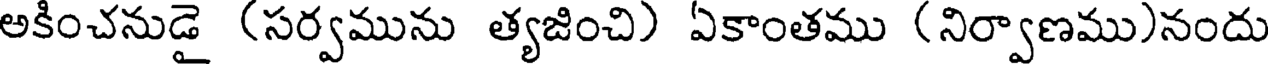
అకించనుడై (సర్వమును త్యజించి) ఏకాంతము (నిర్వాణము)నందు